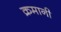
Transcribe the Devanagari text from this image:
क्रमानी